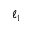
\ell _ { 1 }